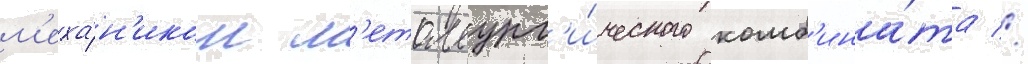
м'еха́н'иком м'еталлург'и́ческого комб'ина́та //